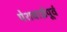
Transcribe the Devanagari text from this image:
पेशवाईपूर्व